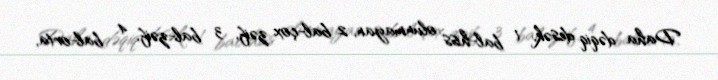
Daha dəqiq desək, 1 bal-hiss olunmayan, 2 bal-çox zəif, 3 bal-zəif, 4 bal-orta,